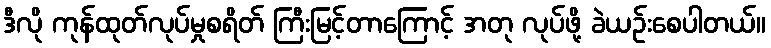
ဒီလို ကုန်ထုတ်လုပ်မှုစရိတ် ကြီးမြင့်တာကြောင့် အတု လုပ်ဖို့ ခဲယဉ်းစေပါတယ်။